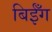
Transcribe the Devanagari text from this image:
बिईँग